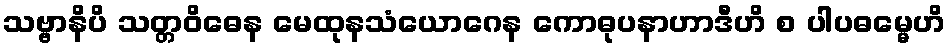
သဗ္ဗာနိပိ သတ္တဝိဓေန မေထုနသံယောဂေန ကောဓုပနာဟာဒီဟိ စ ပါပဓမ္မေဟိ